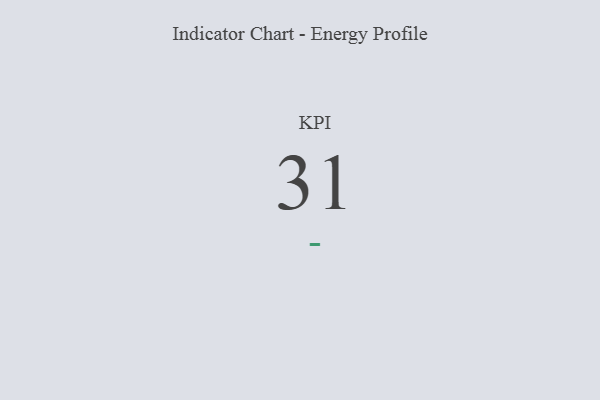
{"axis": {"x": "KPI", "y": "Value"}, "legend": [""], "data": [{"x": "KPI", "y": 31, "type": ""}]}